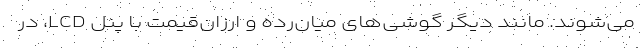
می‌شوند. مانند دیگر گوشی‌های میان‌رده و ارزان‌قیمت با پنل LCD، در